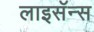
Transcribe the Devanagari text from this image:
लाइसॅन्स